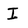
Character: I